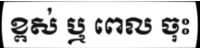
ខ្ពស់ ឬ ពេល ចុះ